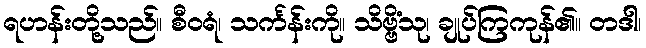
ရဟန်းတို့သည်။ စီဝရံ၊ သင်္ကန်းကို။ သိဗ္ဗိံသု၊ ချုပ်ကြကုန်၏။ တဒါ၊